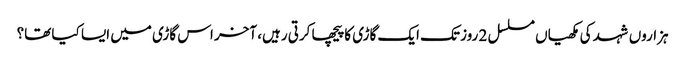
ہزاروں شہد کی مکھیاں مسلسل 2 روز تک ایک گاڑی کا پیچھا کرتی رہیں، آخر اس گاڑی میں ایسا کیا تھا؟